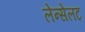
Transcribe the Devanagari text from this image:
लेन्सेलट